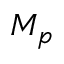
M _ { p }